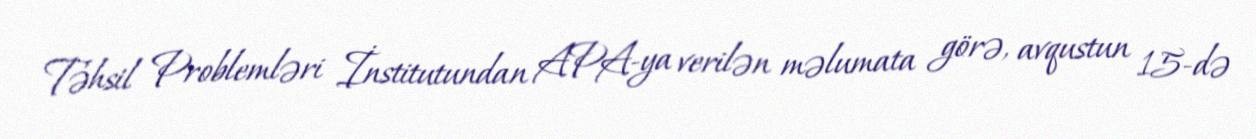
Təhsil Problemləri İnstitutundan APA-ya verilən məlumata görə, avqustun 15-də